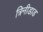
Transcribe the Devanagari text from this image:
त्रिनीडाड